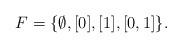
LaTeX: \begin{align*} F = \{\emptyset, [0], [1], [0, 1] \}.\end{align*}